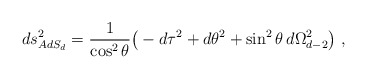
\begin{align*}ds^2_{AdS_d} = {1\over \cos^2\theta} \big( -d\tau^2 + d\theta^2 +\sin^2\theta\, d\Omega_{d-2}^2\big)\ ,\end{align*}